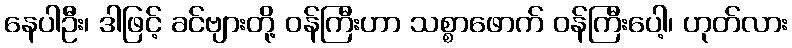
နေပါဦး၊ ဒါဖြင့် ခင်ဗျားတို့ ဝန်ကြီးဟာ သစ္စာဖောက် ဝန်ကြီးပေါ့၊ ဟုတ်လား